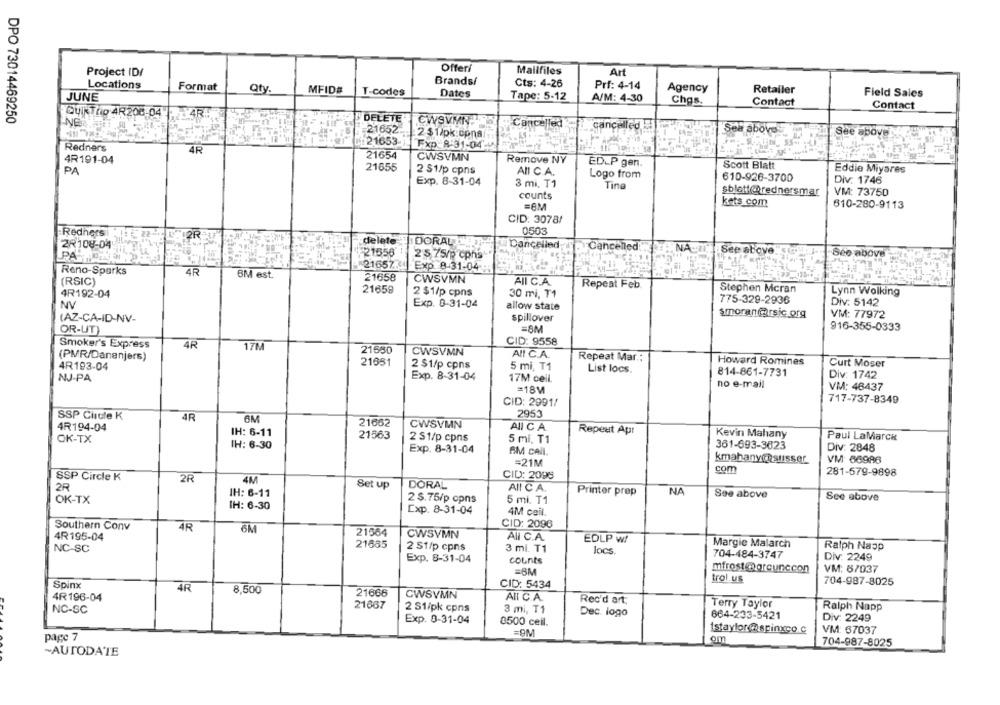
Offeri
Mailfiles
Project ID/
Art
Locations
Brands/
Cts: 4-26
Prf: 4-14
Format
Qty
MFID#
T-codes
Agency
Retailer
JUNE
Dates
Tape: 5-12
A/M: 4-30
Field Sales
Chgs.
Contact
Contact
Qui Thio 4R208-04
4RA
DPO 73014469250
DELETE
NER
CWSVMN
Cancelled
cancelled
21652
2 $1)pk.cpna
Sea above
See above
Redners
4R
:21653
Fxp 8:31-04
21654
4R191-04
CWSVMN
Remove NY
21655
ED_P gen.
Scott Blatt
Eddie Miyares
PA
2 S1/p cpns
AII C.A.
Logo from
610-926-3700
Exp. 8-31-04
3 mi, T1
Div: 1746
Tina
sblettenrednersmar
counts
VM: 73750
kets com
610-280-9113
=6M
CID: 3078/
Redners
0503
2R.
delete
2R108-04
DORAL
Dancelled
Cancelled"
NA
21556
See above
See above
25 75/p cphs-
21657.
Exp. 8-31-04
Reno-Sparks
4R
6M est.
21658
CWSVMN
AII C.A.
(RSIC)
21659
Repeat Feb
Stephen Mcran
4R192-04
2 $1/p cpns
30 mi, T1
Lynn Walking
Exp. 0-31-04
775-328-2936
Div: 5142
NV
allow state
spillover
VM: 77972
(AZ-CA-ID-NV-
OR-UT)
=8M
916-355-0333
Smoker's Express
4R
17M
CID: 9558
21630
CWSVMN
All C.A.
(PMR/Dananjers)
Repeat Mar .:
4R193-04
21651
2 $1/p cpns
5 mi, T1
Howard Romines
Curt Moser
List locs.
814-861-7731
NJ-PA
Exp. 8-31-04
17M cell.
Div: 1742
no e-mail
VM: 48437
=18M
CID: 2991/
717-737-8349
SSP Chicle K
4R
2953
OM
21662
4R194-04
CWSVMN
AII C A.
IH: 6-11
21563
2 St/p cpns
Repeat Apr
Kevin Mahany
Paul LaMarca
OK-TX
5 mi, T1
361-693-3623
IH: 6-30
Exp. 8-31-04
AM call.
Div: 2848
kmahanychsusser
=21M
VM 66986
com
281-579-9898
SSP Circle K
2R
4M
CID: 2095
2R
Set up
DORAL
AI! CA.
IH: 6-11
Printer prøp
NA
See above
OK-TX
2 $.75/p cpns
5 mi. T1
See above
IH: 6-30
Exp. 8-31-04
4M ceil.
Southern Conv
4R
6M
CID: 2096
21564
CWSVMN
4R195-04
All C.A.
EDLP w/
Margie Malarch
NC-SC
21685
2 St/p cpns
3 mi. T1
locs
Ralph Napp
704-484-3747
Div: 2249
Exp. 8-31-04
counts
=6M
mfrostengreunccon
VM: 8/037
trol.us
Spinx
CID: 5434
704-987-8025
4R
8,500
21666
4R 196-04
CWSVMN
AII C.A.
Rec'd art.
21667
Terry Taylor
Ralph Napp
NC-SC
2 S1/pk cpns
3 mi, T1
Dec. logo
Exp. 0-31-04
664-233-5421
Div: 2249
0500 ceil.
=9M
istaylor @spinxco.c
VM: 67037
page 7
om
704-987-8025
-AUTODATE